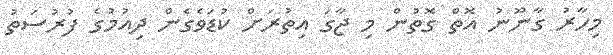
މިހާރު ގާނޫނު އޮތް ގޮތުން މި ޖާގަ އިތުރަށް ކުޑަވެގެން ދިއުމުގެ ފުރުސަތު